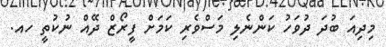
މިދިއަ ބުދަ ދުވަހު ކަންނެލި މަސްވެރި ކަމަށް ފީރޯޒް ދޭއް ނުކުތީ ހއ.